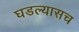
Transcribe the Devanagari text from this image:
घडल्यासच